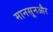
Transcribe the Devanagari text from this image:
मानसूनऔर